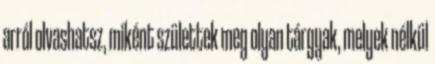
arról olvashatsz, miként születtek meg olyan tárgyak, melyek nélkül